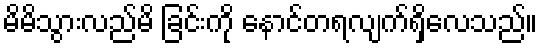
မိမိသွားလည်မိ ခြင်းကို နောင်တရလျက်ရှိလေသည်။